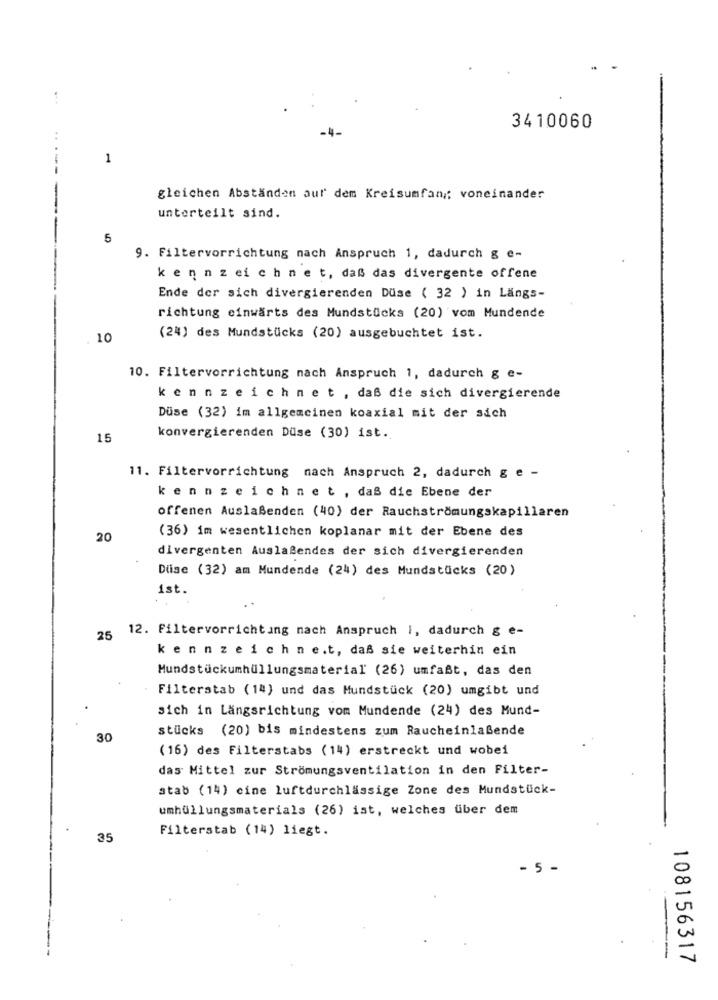
3410060
1
gleichen Abständen aur' dem Kreisumfang: voneinander
unterteilt sind.
5
9. Filtervorrichtung nach Anspruch 1, dadurch g e-
kennzeichnet, daß das divergente offene
Ende der sich divergierenden Düse ( 32 ) in Längs-
richtung einwärts des Mundstücks (20) vom Mundende
10
(24) des Mundstücks (20) ausgebuchtet ist.
10. Filtervorrichtung nach Anspruch 1, dadurch g e-
kennzeichnet , daß die sich divergierende
Düse (32) im allgemeinen koaxial mit der sich
15
konvergierenden Düse (30) ist.
11. Filtervorrichtung nach Anspruch 2, dadurch g e -
kennzeichnet , daß die Ebene der
offenen Auslaßenden (40) der Rauchströmungskapillaren
(36) im wesentlichen koplanar mit der Ebene des
20
divergenten Auslaßendes der sich divergierenden
Dise (32) am Mundende (24) des Mundstücks (20)
ist.
25 12. Filtervorrichtung nach Anspruch I, dadurch g e-
kennzeichnet, daß sie weiterhin ein
Mundstückumhüllungsmaterial (26) umfaßt, das den
Filterstab (14) und das Mundstück (20) umgibt und
sich in Längsrichtung vom Mundende (24) des Mund-
stücks (20) bis mindestens zum Raucheinlaßende
30
(16) des Filterstabs (14) erstreckt und wobei
das Mittel zur Strömungsventilation in den Filter-
atab (14) cine luftdurchlässige Zone des Mundstück-
umhüllungsmaterials (26) ist, welches über dem
Filterstab (14) liegt.
35
- 5 -
--
108156317